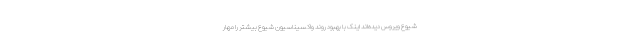
شیوع ویروس دیده‌اند اینک با بهبود روند واکسیناسیون شیوع بیشتر را مهار